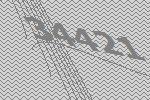
34421